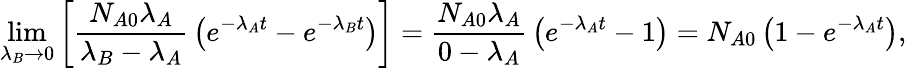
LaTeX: \operatorname*{lim}_{\lambda_{B}\rightarrow 0}\left[{\frac{N_{A0}\lambda_{A}}{\lambda_{B}-\lambda_{A}}}\left(e^{-\lambda_{A}t}-e^{-\lambda_{B}t}\right)\right]={\frac{N_{A0}\lambda_{A}}{0-\lambda_{A}}}\left(e^{-\lambda_{A}t}-1\right)=N_{A0}\left(1-e^{-\lambda_{A}t}\right),